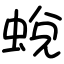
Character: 蛻